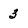
Character: 3